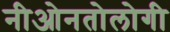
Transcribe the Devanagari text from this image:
नीओनतोलोगी